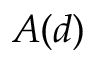
A ( d )